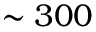
\sim 3 0 0